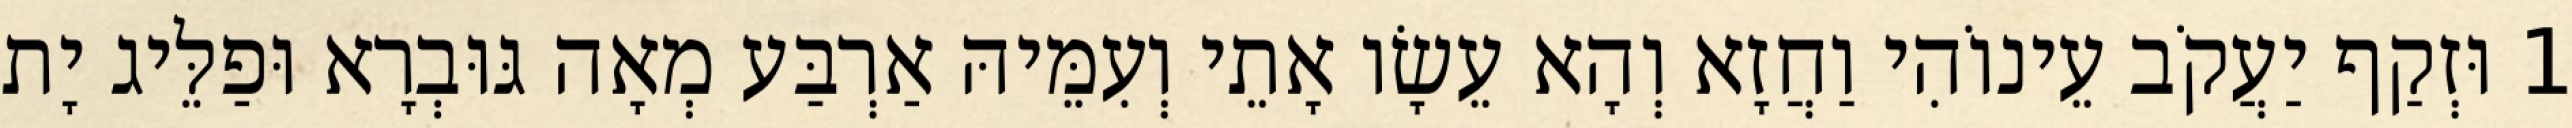
1 וּזְקַף יַעֲקֹב עֵינוֹהִי וַחֲזָא וְהָא עֵשָׂו אָתֵי וְעִמֵּיהּ אַרְבַּע מְאָה גּוּבְרָא וּפַלֵּיג יָת